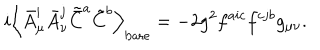
i \left< \bar { A } _ { \mu } ^ { i } \bar { A } _ { \nu } ^ { j } \tilde { \bar { C } } ^ { a } \tilde { C } ^ { b } \right> _ { \mathrm { b a r e } } = - 2 g ^ { 2 } f ^ { a i c } f ^ { c j b } g _ { \mu \nu } .